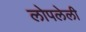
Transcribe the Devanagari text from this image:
लोपलेली